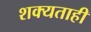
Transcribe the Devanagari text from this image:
शक्‍यताही